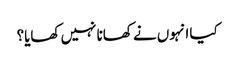
کیا انہوں نے کھانا نہیں کھایا؟